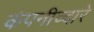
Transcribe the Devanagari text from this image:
कंपनीव्दारे